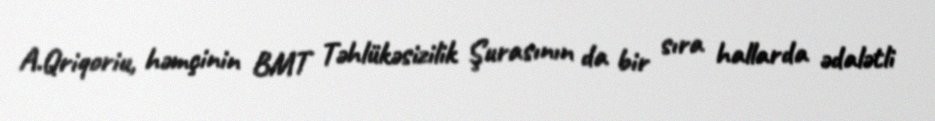
A.Qriqoriu, həmçinin BMT Təhlükəsizilik Şurasının da bir sıra hallarda ədalətli